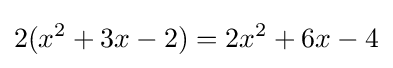
2(x^{2}+3x-2)=2x^{2}+6x-4